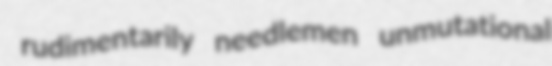
rudimentarily needlemen unmutational